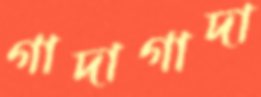
গাদাগাদা